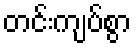
တင်းကျပ်စွာ